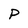
Character: P